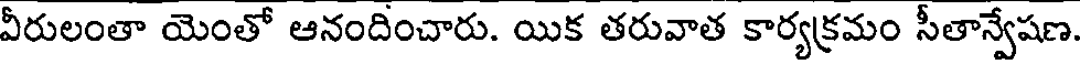
వీరులంతా యెంతో ఆనందించారు. యిక తరువాత కార్యక్రమం సీతాన్వేషణ.